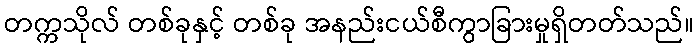
တက္ကသိုလ် တစ်ခုနှင့် တစ်ခု အနည်းငယ်စီကွာခြားမှုရှိတတ်သည်။